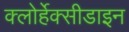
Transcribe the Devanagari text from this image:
क्लोर्हेक्सीडाइन